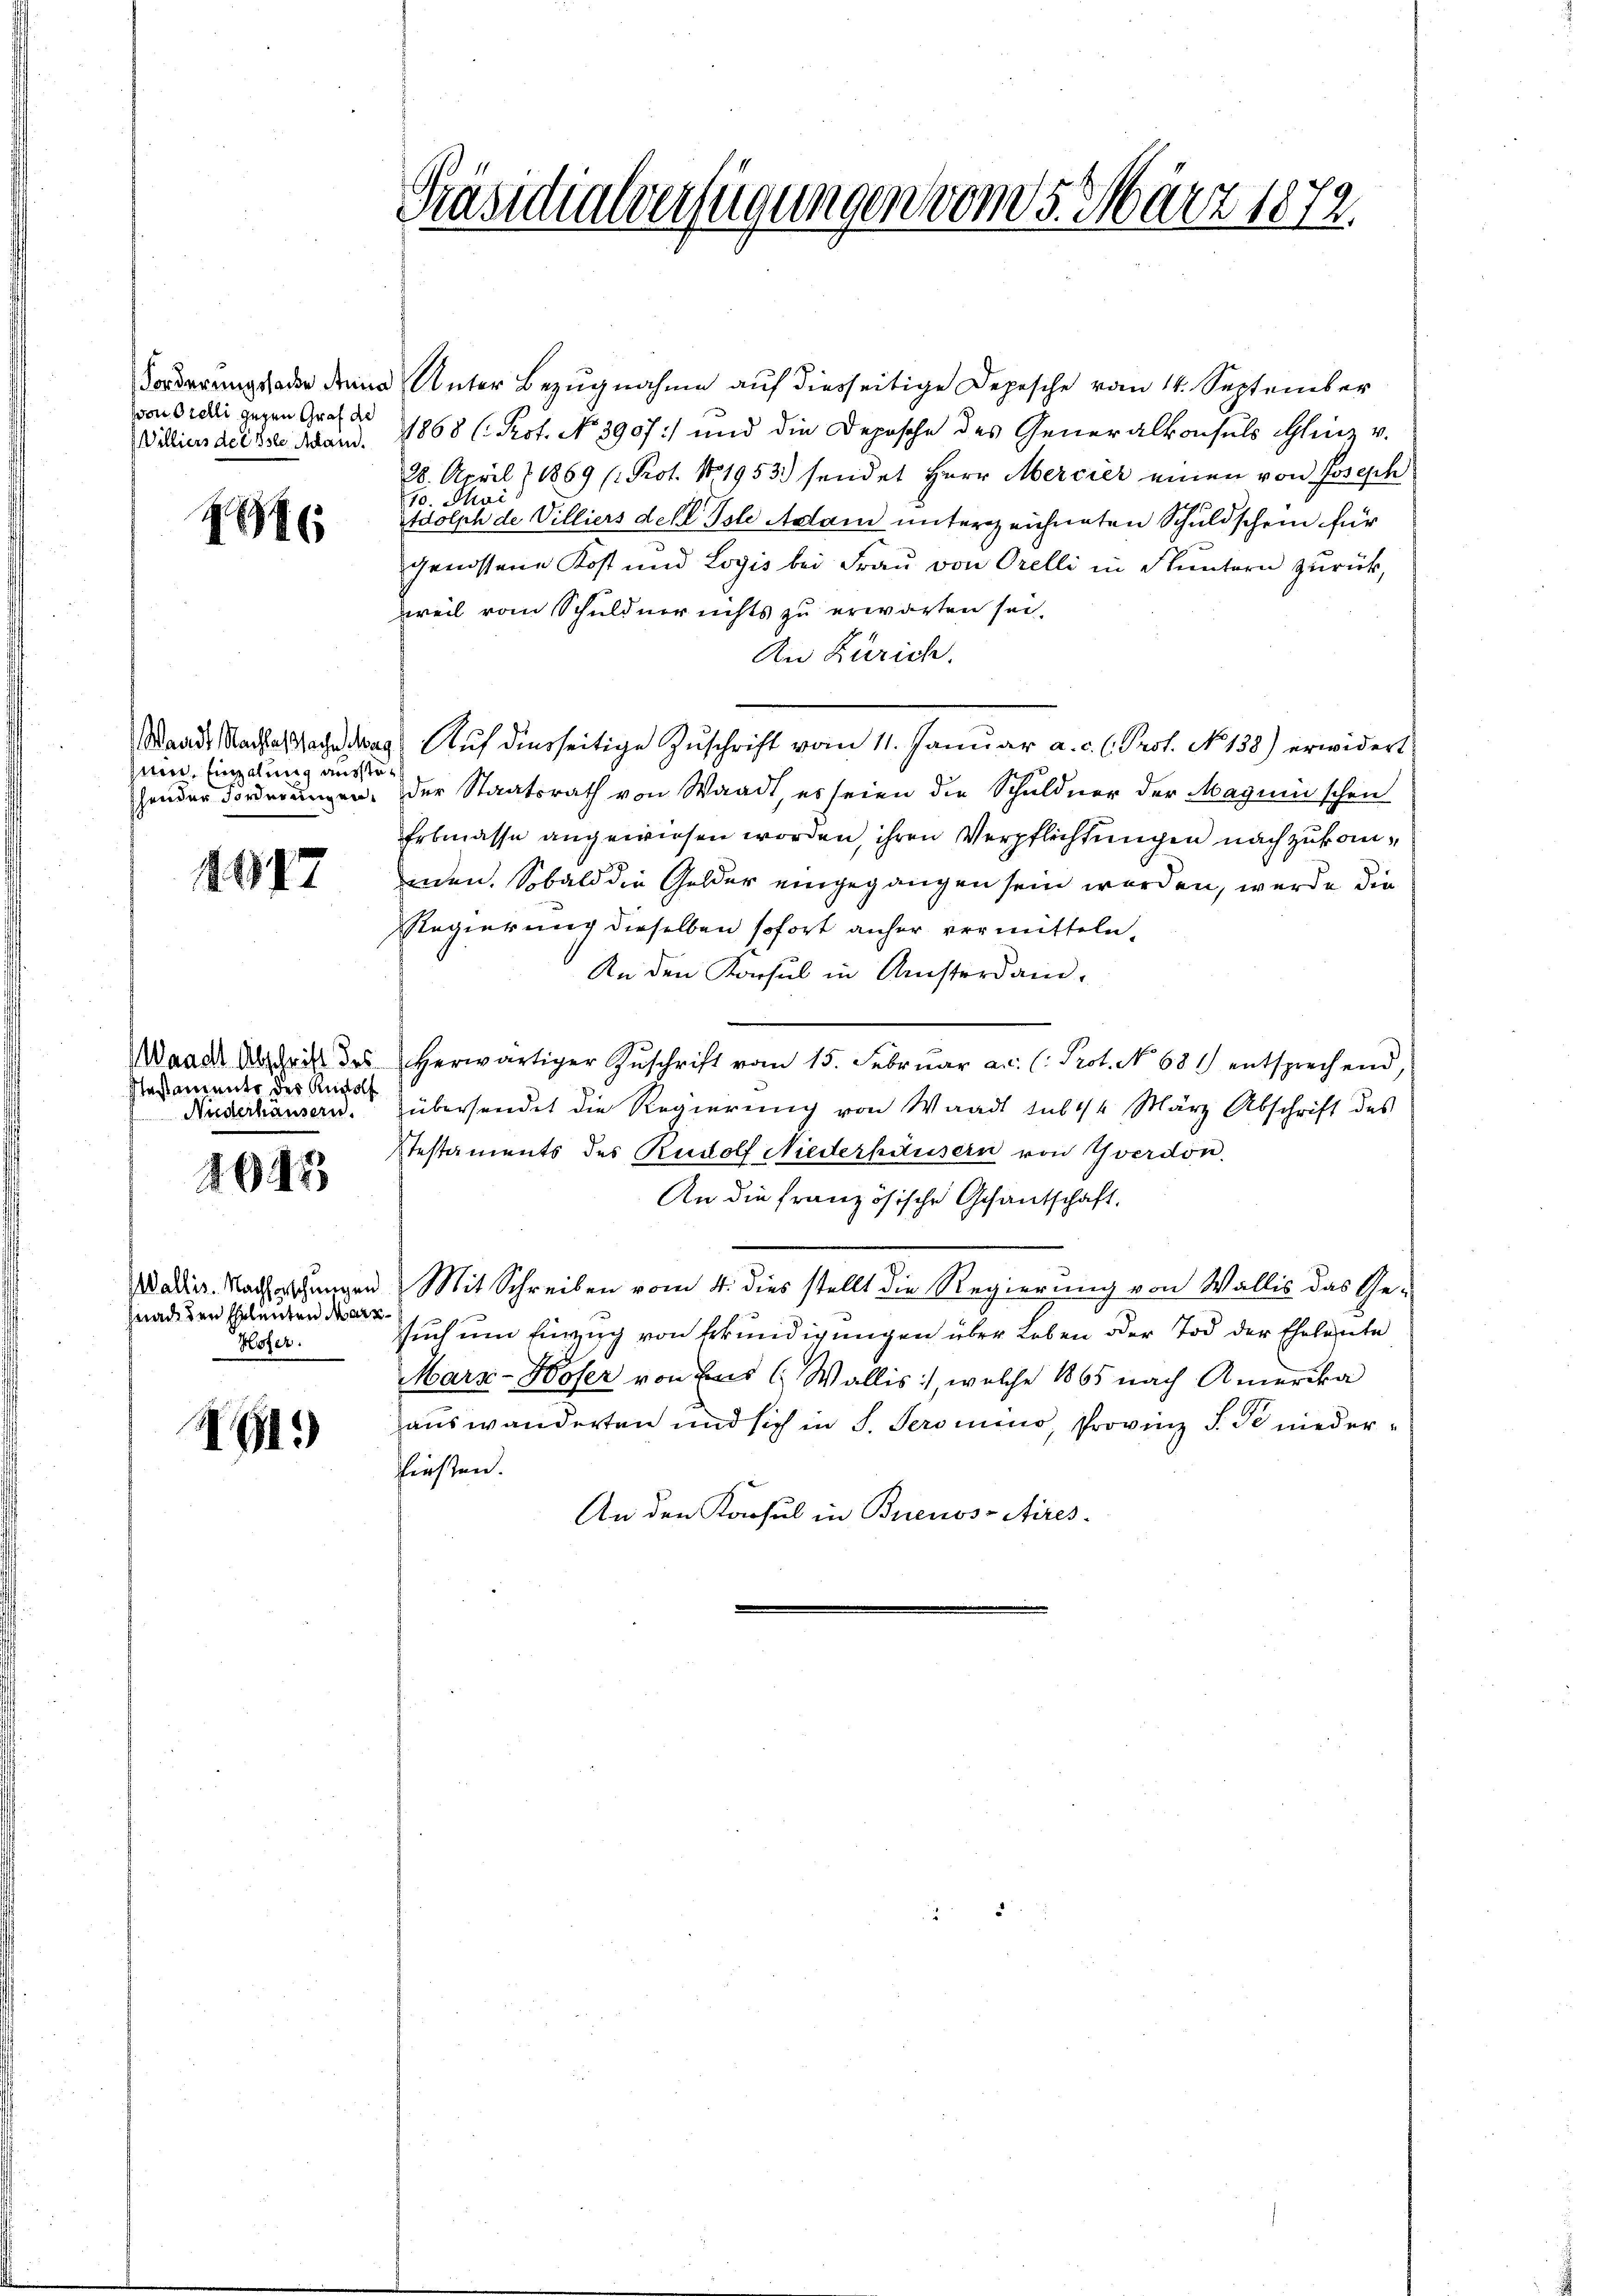
(von Orelli gegen Graf de
Villiers de Erste Adam.

286

uin, Einzelung aussteschender Forderungen.

1017

Waadt Abschrift des
stestaments des Rudolf
Nuderhäusern.

1645

Wallis. Nachforschungen
Gnade den Erlenten Mark
Hofer.

NG.

Präsidialverfügungen vom 5. März 1872.

Forderungsader deine Unter Bezugnahme auf diesseitige Depesche vom 14. September
1868 ( Prof. No. 3907:/ und die Deposche des Generalkonsuls Glinz v.
28. April (1869 (: Prot. N. 1953.) sendet Herr Mercier einen von Joseph
10. Mai
tdolph de Villiers der Tote Adam unterzeichneten Schuldschein für
genossene Kost und Logis bei Frau von Orelli in Fluntern zurück,
weil vom Schuldner nichts zu erwarten sei.
An Zürich.
Waadt Nachtes Nach das Auf diesseitige Zuschrift vom 11. Januar a. c. l. Prot. No 138) erwidert
der Staatsrath von Waadt, es seien die Schuldner der Magini schon
Erbmasse angewiesen worden, ihren Verpflichtungen nach zukommnen. Sobald die Gelder eingegangen sein worden, werde die
Regierung dieselben sofort anher vermitteln.
An den Konsul in Resterdanherwärtiger Zŭschrift vom 15. Febrŭar a.c. (: Prot. No 681 entsprechend,
übersendet die Regierung von Waadt sub 14 März Abschrift des
Stestaments des Rudolf Niederhausern von Yverdon.
An die französische Gesantschaft.
Mit Schreiben vom 4. dies stellt die Regierung von Wallis das Ge-
such um Einzug von Erkundigungen über Leben oder Tod der Eheleute
Marz-Hofer von Eins ( Wallis, welche 1865 nach Amerika
auswanderten und sich in S. Seronino, Provinz S. Se niederhiesen.
An den Konsul in Buenos-Aires-